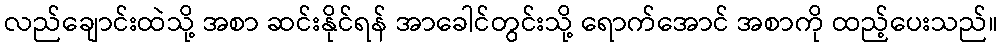
လည်ချောင်းထဲသို့ အစာ ဆင်းနိုင်ရန် အာခေါင်တွင်းသို့ ရောက်အောင် အစာကို ထည့်ပေးသည်။